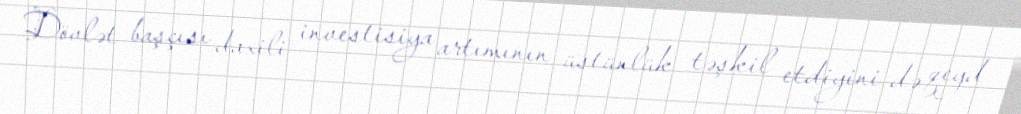
Dövlət başçısı daxili investisiya artımının üstünlük təşkil etdiyini də qeyd